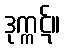
ဒုက္ကဋ်။